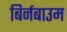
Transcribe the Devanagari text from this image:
बिर्नबाउम